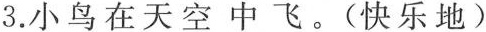
3.小鸟在天空中飞。（快乐地）